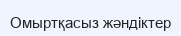
Омыртқасыз жәндіктер